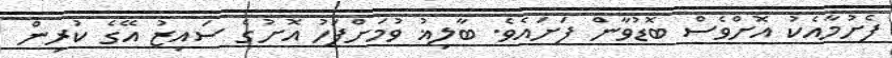
ފެށުމާއެކު އޮށްވެސް ބޮޑުވާން ފަށައެވެ. ބާލިޣު ވުމަށްފަހު އޮށުގެ ސައިޒު އޭގެ ކުރިން